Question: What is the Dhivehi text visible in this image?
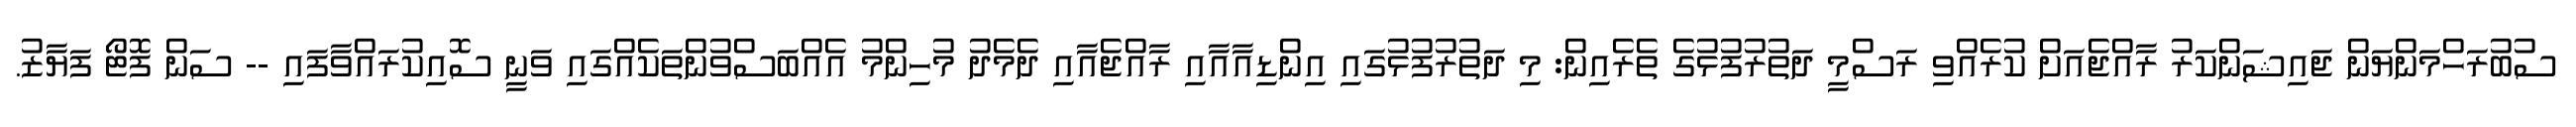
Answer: ސުބުރަހްމަންޔަން ޖައިޝަންކަރު ރާއްޖެއަށް ކުރެއްވި ރަސްމީ ދަތުރުފުޅުގެ ތެރެއިން: މި ދަތުރުފުޅުގައި އިންޑިއާއާއި ރާއްޖެއާއި ދެމެދު މުހިންމު އެއްބަސްވުންތަކެއްގައި ވަނީ ސޮއިކުރައްވާފައި -- ސަން ފޮޓޯ ފަޔާޒު.